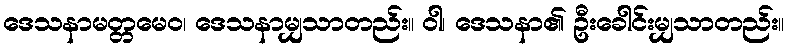
ဒေသနာမတ္တမေဝ၊ ဒေသနာမျှသာတည်း။ ဝါ၊ ဒေသနာ၏ ဦးခေါင်းမျှသာတည်း။